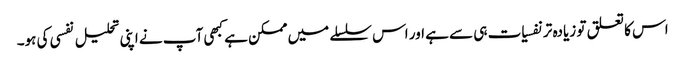
اس کا تعلق تو زیادہ تر نفسیات ہی سے ہے اور اس سلسلے میں ممکن ہے کبھی آپ نے اپنی تحلیل نفسی کی ہو۔